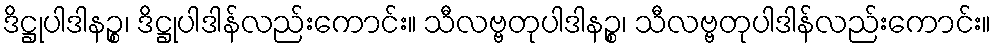
ဒိဋ္ဌုပါဒါနဉ္စ၊ ဒိဋ္ဌုပါဒါန်လည်းကောင်း။ သီလဗ္ဗတုပါဒါနဉ္စ၊ သီလဗ္ဗတုပါဒါန်လည်းကောင်း။